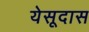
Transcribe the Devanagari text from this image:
येसूदास